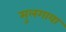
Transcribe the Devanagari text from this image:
सुलगाया